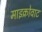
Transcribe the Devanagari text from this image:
माइक्रोवाट